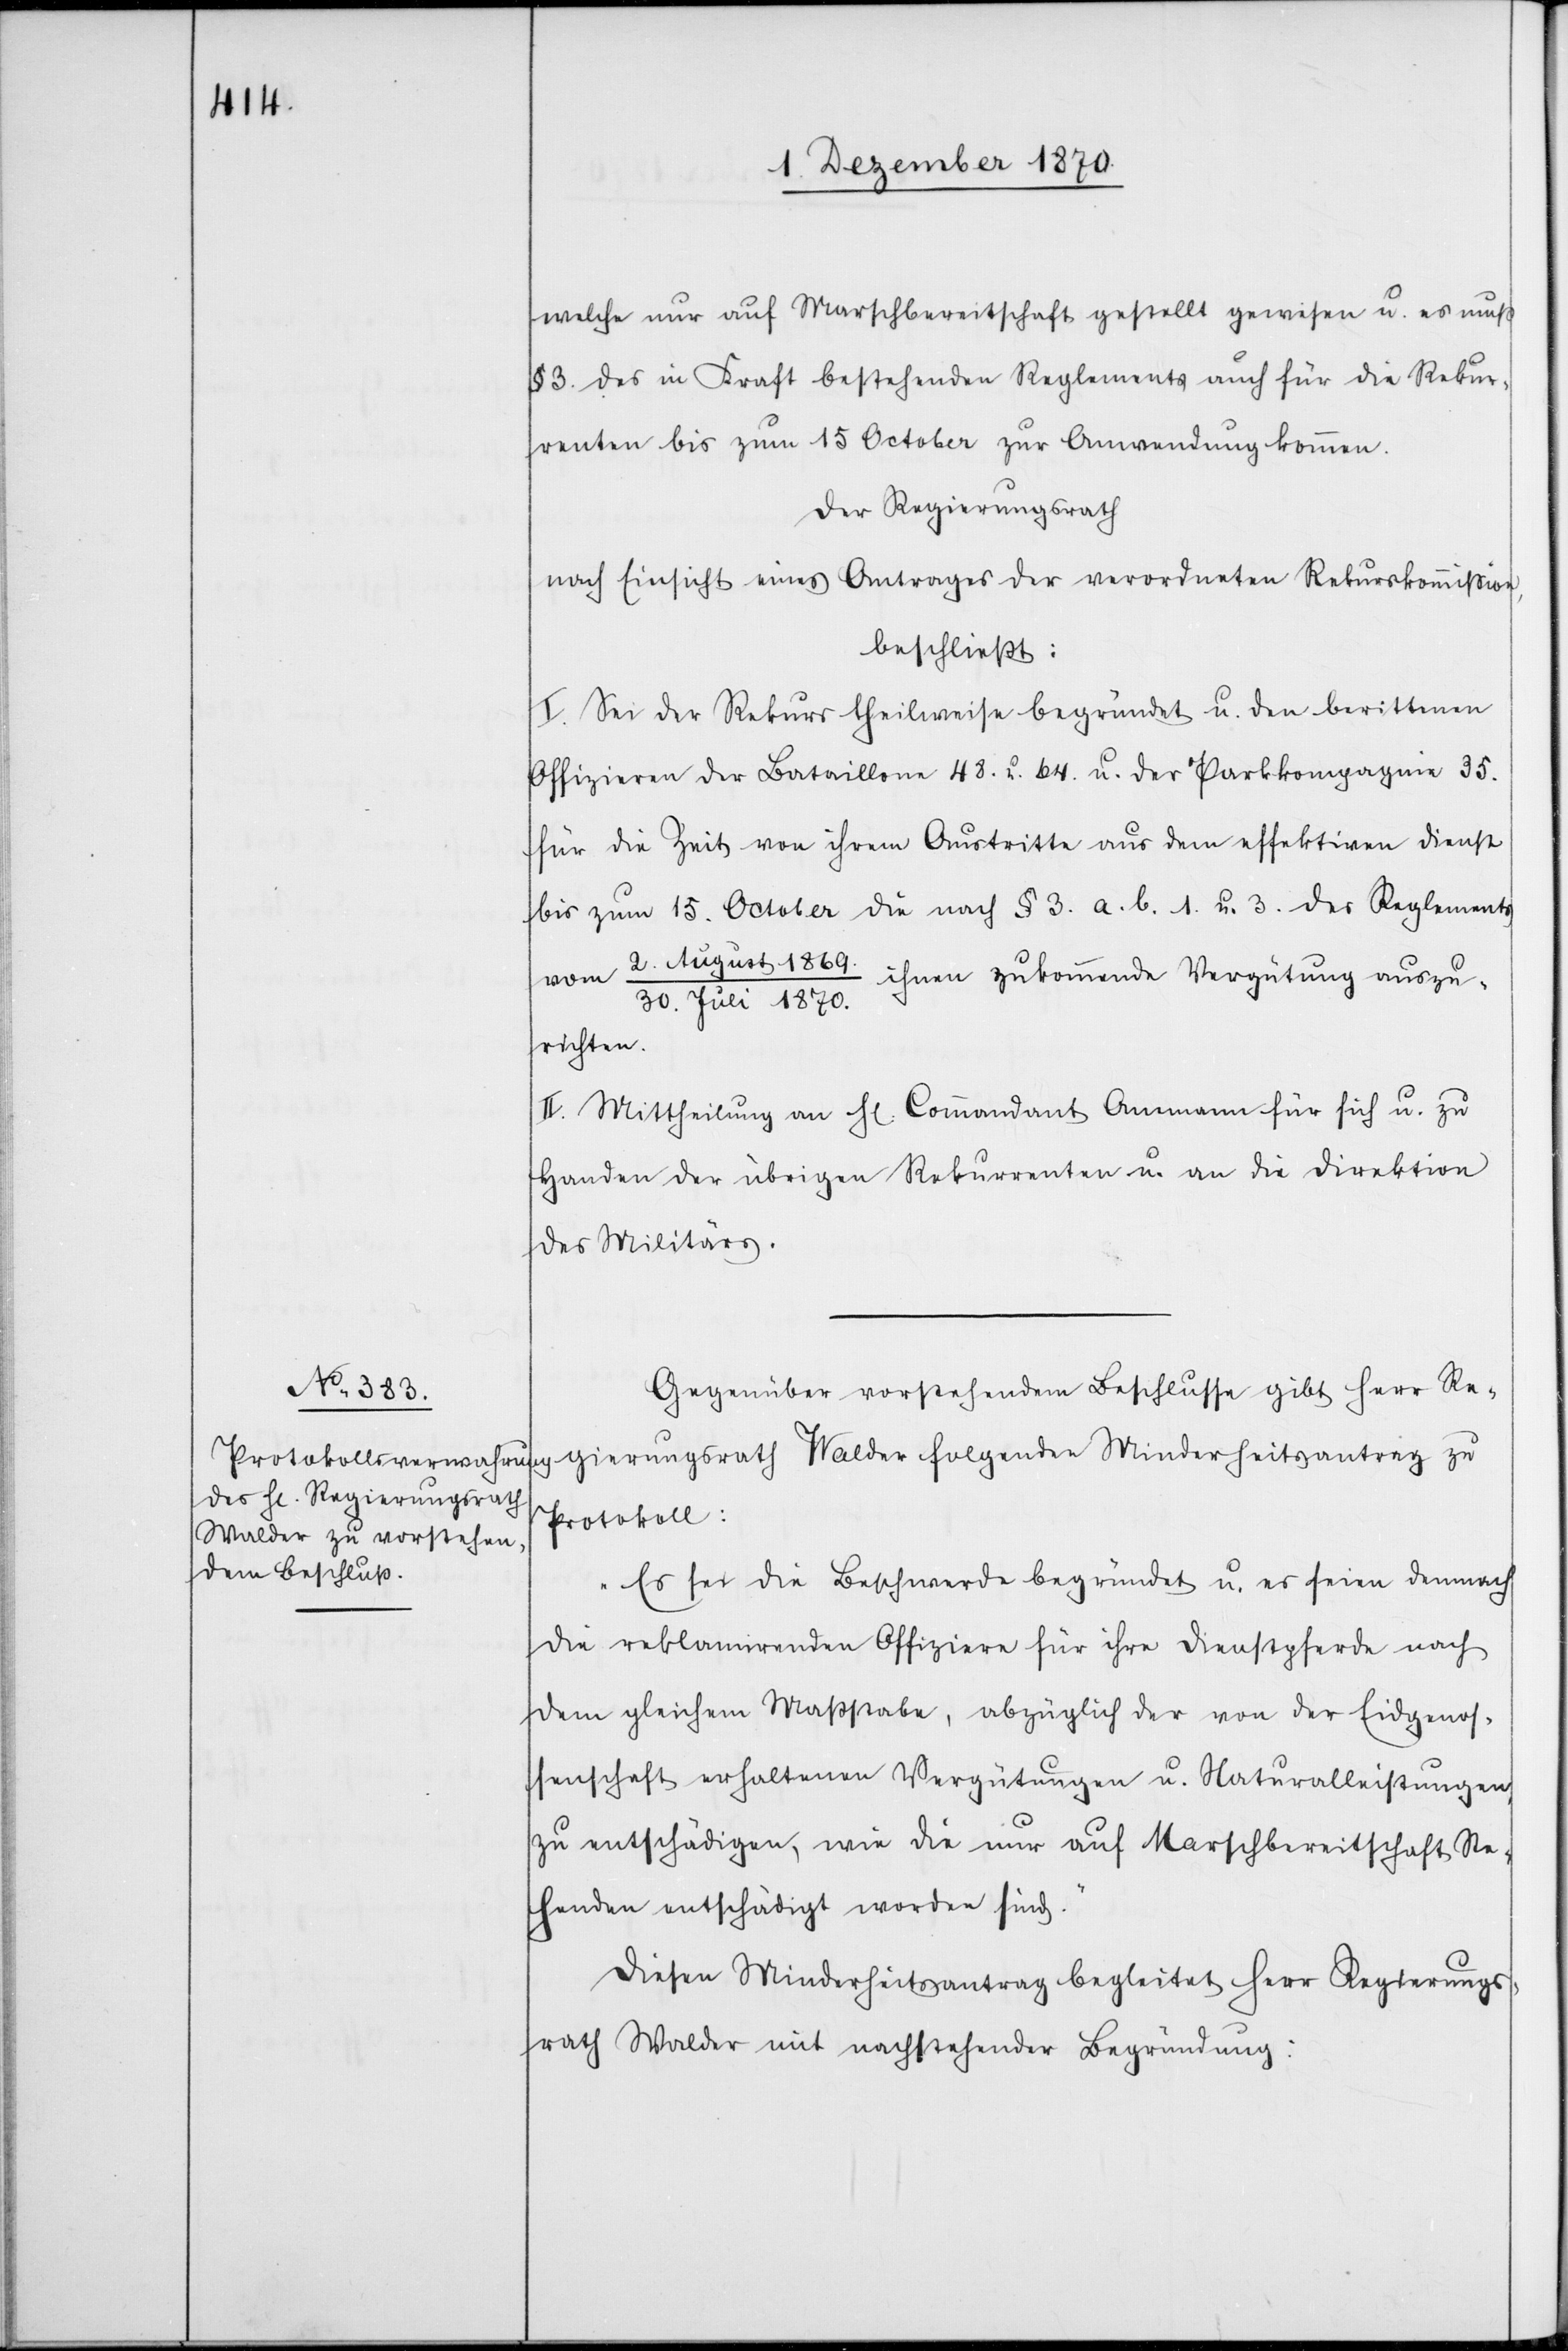
welche nur auf Marschbereitschaft gestellt gewesen u. es muß
§ 3 des in Kraft bestehenden Reglements auch für die Rekur¬
renten bis zum 15 October zur Anwendung kommen.
Der Regierungsrath
nach Einsicht eines Antrages der verordneten Rekurskommißion,
beschließt:
I. Sei der Rekurs theilweise begründet u. den berittenen
Offizieren der Bataillone 48. u. 64. u. der Parkkompagnie 35.
für die Zeit von ihrem Austritte aus dem effektiven Dienst
bis zum 15. October die nach § 3 a. b. 1. u. 3. des Reglements
vom 2. August 1869
ihnen zukommende Vergütung auszu¬
30. Juli 1870.
richten.
II. Mittheilung an H[errn] Commandant Ammann für sich u. zu
Handen der übrigen Rekurrenten u. an die Direktion
des Militärs.
Gegenüber vorstehendem Beschlusse gibt Herr Re¬
gierungsrath Walder folgenden Minderheitsantrag zu
Protokoll:
„Es sei die Beschwerde begründet u. es seien demnach
die reklamirenden Offiziere für ihre Dienstpferde nach
dem gleichen Maßstabe, abzüglich der von der Eidgenos¬
senschaft erhaltenen Vergütungen u. Naturalleistungen
zu entschädigen, wie die nur auf Marschbereitschaft Ste¬
henden entschädigt worden sind.“
Diesen Minderheitsantrag begleitet Herr Regierungs¬
rath Walder mit nachstehender Begründung: